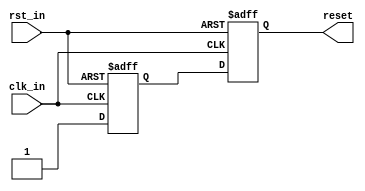
`timescale 1ns / 1ps
//////////////////////////////////////////////////////////////////////////////////
// Company: 
// Engineer: 
// 
// Design Name: 
// Module Name:    Sys_Rst 
// Project Name: 
// Target Devices: 
// Tool versions: 
// Description: 
//
// Dependencies: 
//
// Revision: 
// Revision 0.01 - File Created
// Additional Comments: 
//
//////////////////////////////////////////////////////////////////////////////////
module Sys_Rst(
						input	clk_in,
						input rst_in,
						output reset					
					);
					
reg	rst_reg;
reg	rst_reg_reg;
assign	reset = rst_reg_reg;
assign	rst = rst_in ;

always @ (posedge clk_in or negedge rst)
begin
	if(!rst) rst_reg <= 1'b0;
	else rst_reg <= 1'b1;
end

always @ (posedge clk_in or negedge rst)
begin
	if(!rst) rst_reg_reg	<= 1'b0;
	else rst_reg_reg <= rst_reg;
end

endmodule